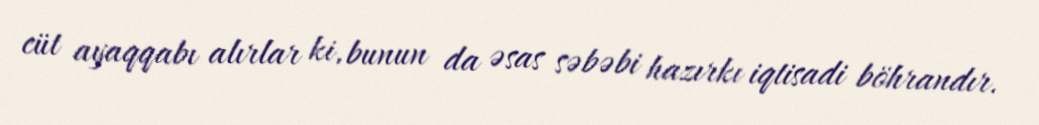
cüt ayaqqabı alırlar ki, bunun da əsas səbəbi hazırkı iqtisadi böhrandır.